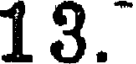
13.